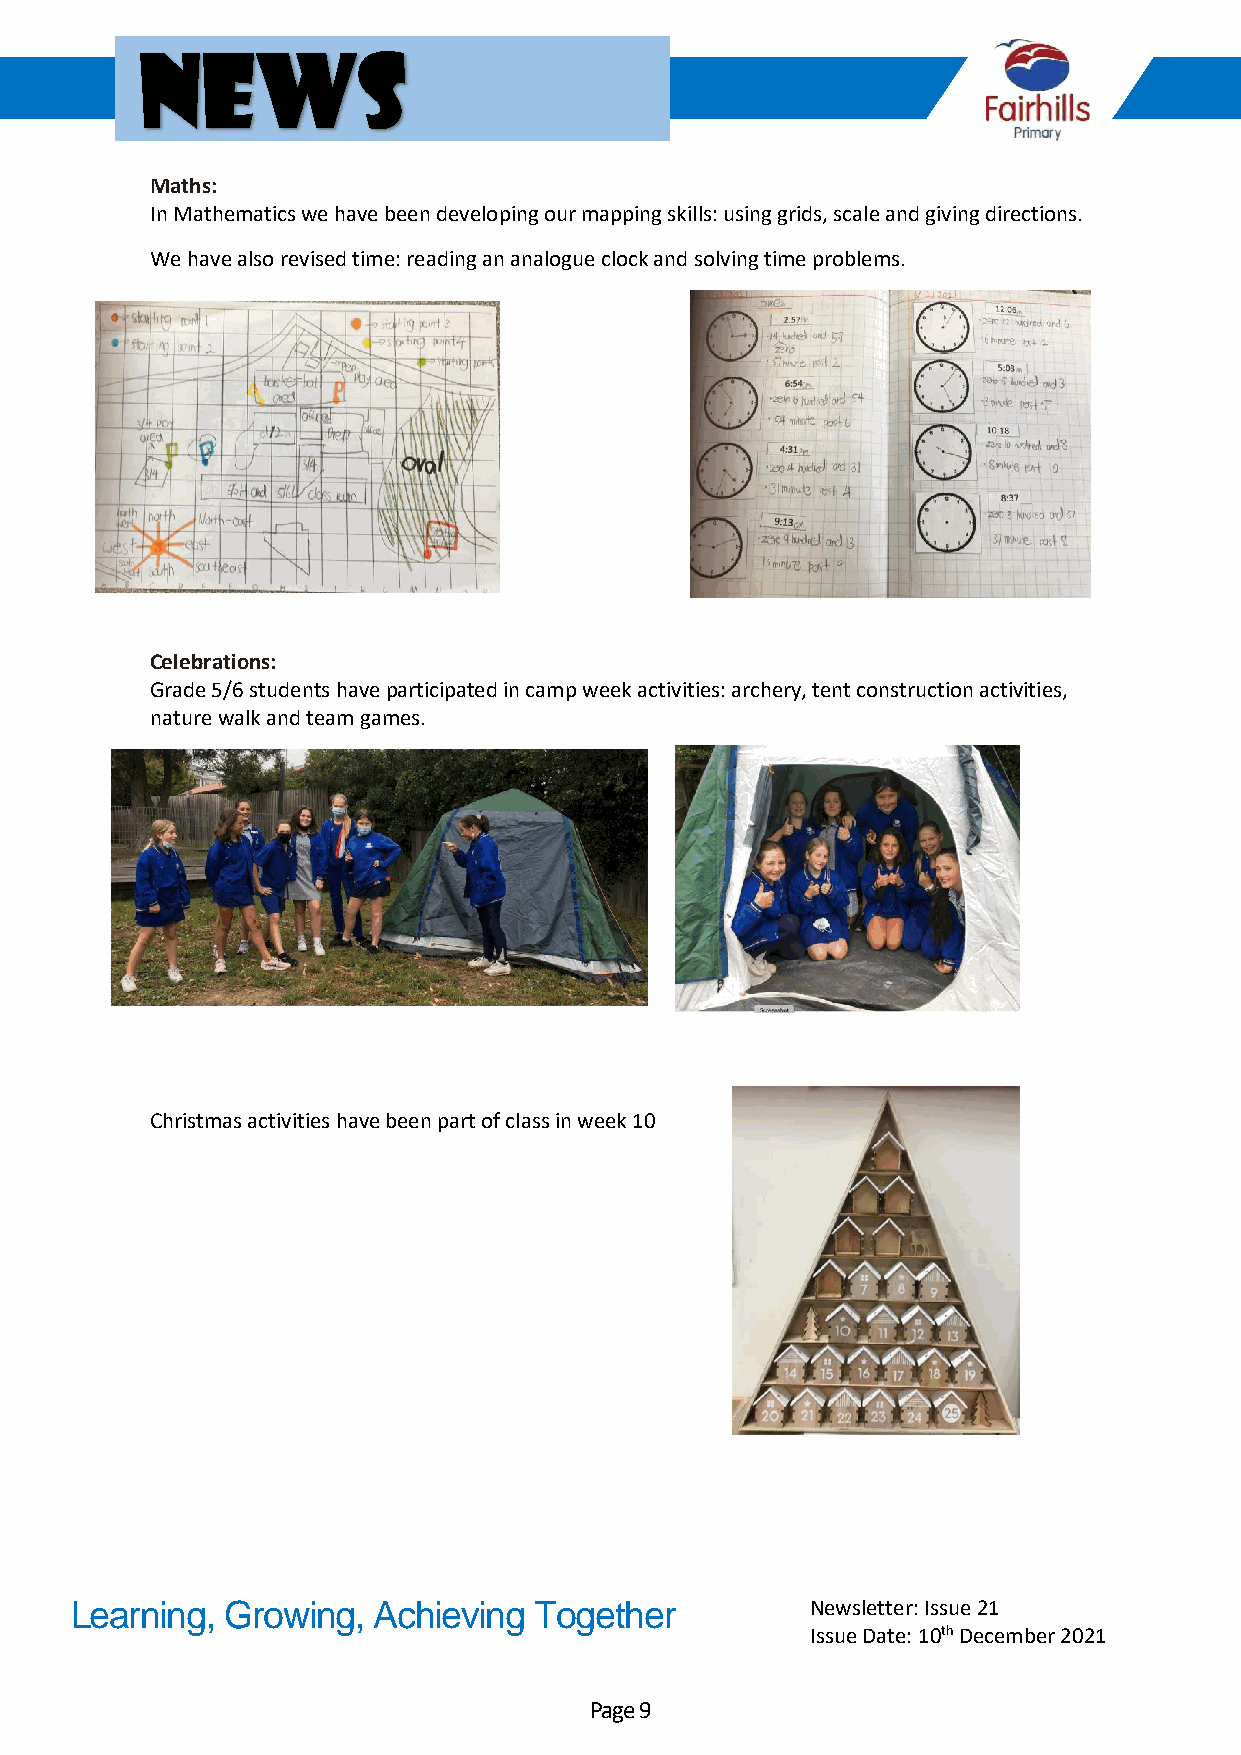
News
 Maths:
 In Mathematics we have been developing our mapping skills: using grids, scale and giving directions.
 We have also revised time: reading an analogue clock and solving time problems.
 Celebrations:
 Grade 5/6 students have participated in camp week activities: archery, tent construction activities,
 nature walk and team games.
 Christmas activities have been part of class in week 10
 Learning, Growing,  Achieving Together           Newsletter: Issue 21
 Issue Date: 10th December 2021
 Page 9